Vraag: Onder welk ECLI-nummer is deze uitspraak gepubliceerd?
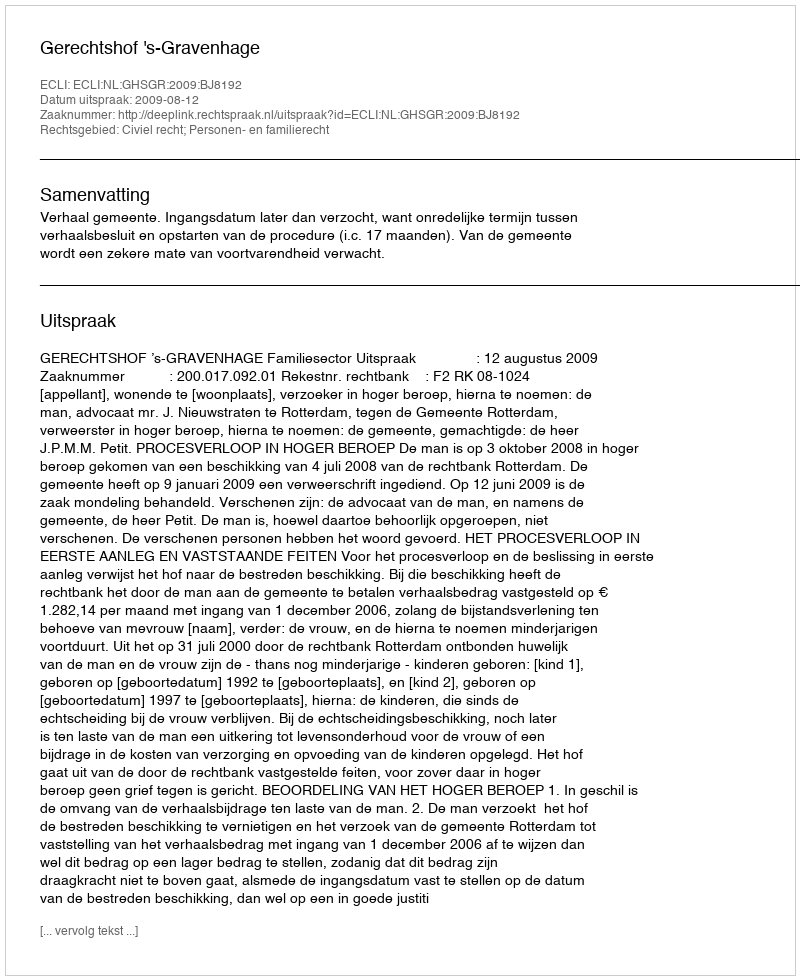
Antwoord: ECLI:NL:GHSGR:2009:BJ8192